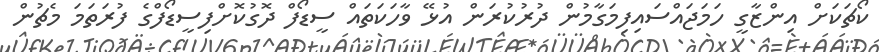
ކޯޗަކަށް އިންޒާގީ ހަމަޖައްސައިފިމަގާމުން ދުރުކުރަން އުޅޭ ވާހަކަތައް ސީޑޯފް ދޮގުކޮށްފިސީޑޯފްގެ ފުރަތަމަ މެޗުން